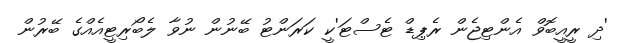
'ދި ރީއީބޮވް އެންޓިޖެން ރެޕިޑް ޓެސްޓަ'ކީ ކަރަންޓު ބޭނުން ނުވާ ލެބޯރިޓީއެއްގެ ބޭރުން